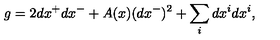
g = 2 d x ^ { + } d x ^ { - } + A ( x ) ( d x ^ { - } ) ^ { 2 } + \sum _ { i } d x ^ { i } d x ^ { i } ,